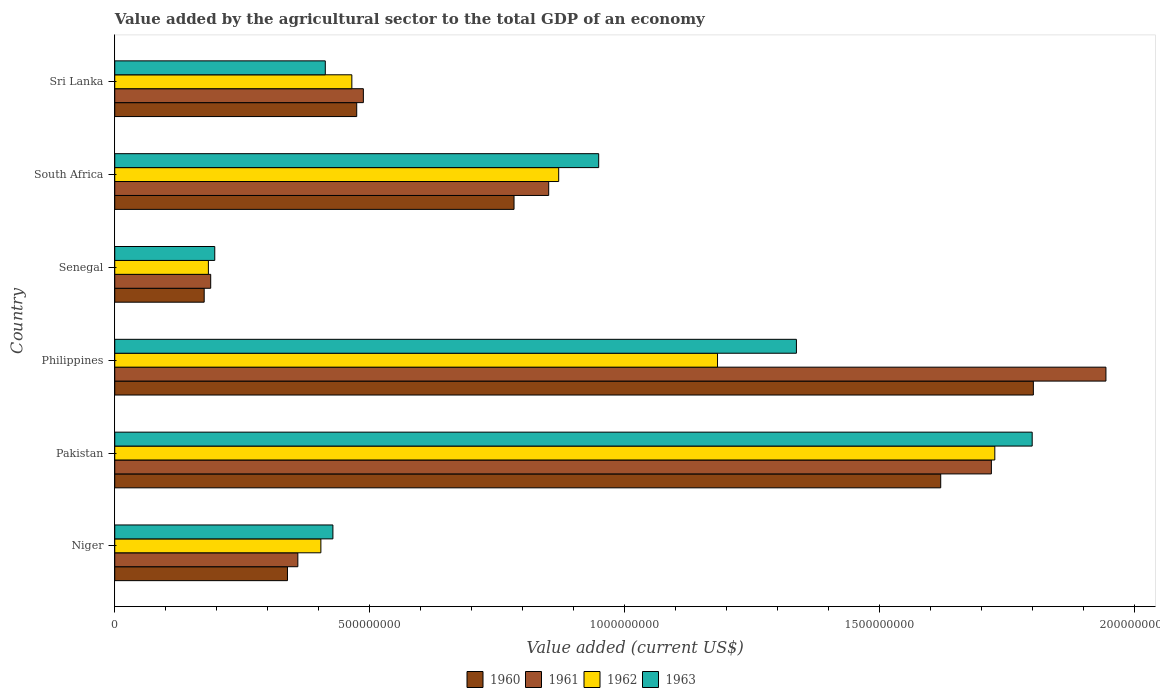
| Country | 1960 | 1961 | 1962 | 1963 |
 | --- | --- | --- | --- | --- |
 | Niger | 3.39e+08 | 3.59e+08 | 4.04e+08 | 4.28e+08 |
 | Pakistan | 1.62e+09 | 1.72e+09 | 1.73e+09 | 1.8e+09 |
 | Philippines | 1.8e+09 | 1.94e+09 | 1.18e+09 | 1.34e+09 |
 | Senegal | 1.75e+08 | 1.88e+08 | 1.84e+08 | 1.96e+08 |
 | South Africa | 7.83e+08 | 8.51e+08 | 8.7e+08 | 9.49e+08 |
 | Sri Lanka | 4.74e+08 | 4.87e+08 | 4.65e+08 | 4.13e+08 |